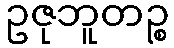
ဥဇုဘူတဉ္စ